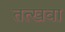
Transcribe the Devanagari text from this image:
तत्खवा